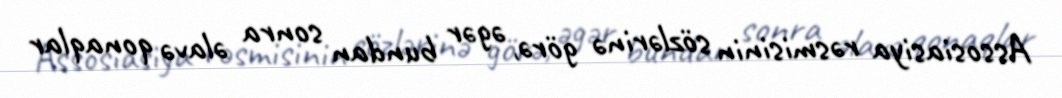
Assosiasiya rəsmisinin sözlərinə görə, əgər bundan sonra əlavə qonaqlar